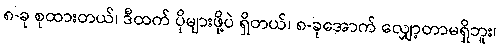
၈-ခု စုထားတယ်၊ ဒီထက် ပိုများဖို့ပဲ ရှိတယ်၊ ၈-ခုအောက် လျှော့တာမရှိဘူး၊